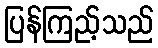
ပြန်ကြည့်သည်